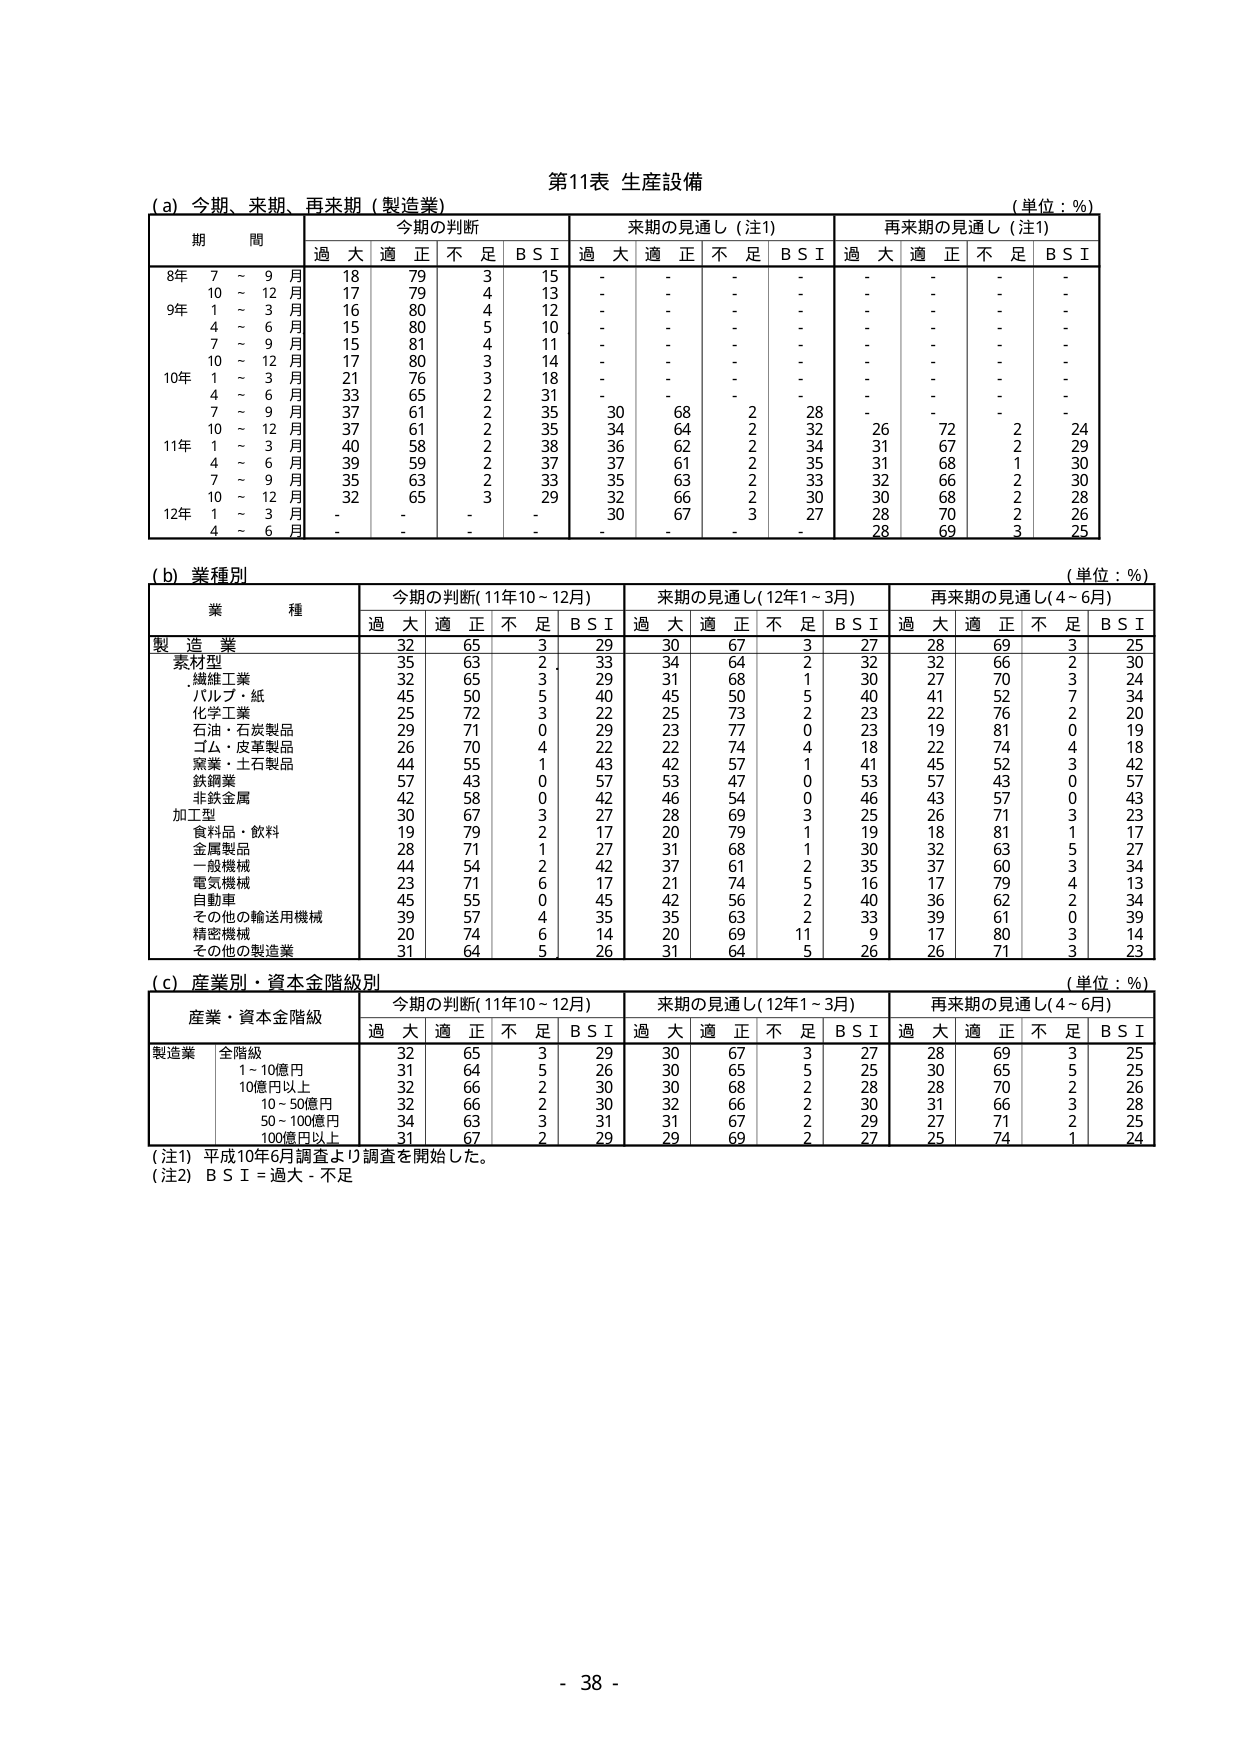
第11表 生産設備

(a) 今期、来期、再来期（製造業） （単位：%）
期 間 今期の判断 来期の見通し（注1） 再来期の見通し（注1）
過大 適正 不足 B S I 過大 適正 不足 B S I 過大 適正 不足 B S I
8年 7～9月 18 79 3 15 - - - - - - - -
10～12月 17 79 4 13 - - - - - - - -
9年 1～3月 16 80 4 12 - - - - - - - -
4～6月 15 80 5 10 - - - - - - - -
7～9月 15 81 4 11 - - - - - - - -
10～12月 17 80 3 14 - - - - - - - -
10年 1～3月 21 76 3 18 - - - - - - - -
4～6月 33 65 2 31 - - - - - - - -
7～9月 37 61 2 35 30 68 2 28 - - - -
10～12月 37 61 2 35 34 64 2 32 26 72 2 24
11年 1～3月 40 58 2 38 36 62 2 34 31 67 2 29
4～6月 39 59 2 37 37 61 2 35 31 68 1 30
7～9月 35 63 2 33 35 63 2 33 32 66 2 30
10～12月 32 65 3 29 32 66 2 30 30 68 2 28
12年 1～3月 - - - - 30 67 3 27 28 70 2 26
4～6月 - - - - - - - - 28 69 3 25

(b) 業種別 （単位：%）
業 種 今期の判断（11年10～12月） 来期の見通し（12年1～3月） 再来期の見通し（4～6月）
過大 適正 不足 B S I 過大 適正 不足 B S I 過大 適正 不足 B S I
製造業 32 65 3 29 30 67 3 27 28 69 3 25
素材型 35 63 2 33 34 64 2 32 32 66 2 30
.繊維工業 32 65 3 29 31 68 1 30 27 70 3 24
.パルプ・紙 45 50 5 40 45 50 5 40 41 52 7 34
化学工業 25 72 3 22 25 73 2 23 22 76 2 20
石油・石炭製品 29 71 0 29 23 77 0 23 19 81 0 19
ゴム・皮革製品 26 70 4 22 22 74 4 18 22 74 4 18
窯業・土石製品 44 55 1 43 42 57 1 41 45 52 3 42
鉄鋼業 57 43 0 57 53 47 0 53 57 43 0 57
非鉄金属 42 58 0 42 46 54 0 46 43 57 0 43
加工型 30 67 3 27 28 69 3 25 26 71 3 23
食料品・飲料 19 79 2 17 20 79 1 19 18 81 1 17
金属製品 28 71 1 27 31 68 1 30 32 63 5 27
一般機械 44 54 2 42 37 61 2 35 37 60 3 34
電気機械 23 71 6 17 21 74 5 16 17 79 4 13
自動車 45 55 0 45 42 56 2 40 36 62 2 34
その他の輸送用機械 39 57 4 35 35 63 2 33 39 61 0 39
精密機械 20 74 6 14 20 69 11 9 17 80 3 14
その他の製造業 31 64 5 26 31 64 5 26 26 71 3 23

(c) 産業別・資本金階級別 （単位：%）
産業・資本金階級 今期の判断（11年10～12月） 来期の見通し（12年1～3月） 再来期の見通し（4～6月）
過大 適正 不足 B S I 過大 適正 不足 B S I 過大 適正 不足 B S I
製造業 全階級 32 65 3 29 30 67 3 27 28 69 3 25
1～10億円 31 64 5 26 30 65 5 25 30 65 5 25
10億円以上 32 66 2 30 30 68 2 28 28 70 2 26
10～50億円 32 66 2 30 32 66 2 30 31 66 3 28
50～100億円 34 63 3 31 31 67 2 29 27 71 2 25
100億円以上 31 67 2 29 29 69 2 27 25 74 1 24

（注1）平成10年6月調査より調査を開始した。
（注2）B S I = 過大 - 不足

- 38 -